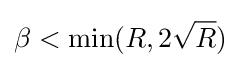
\beta <\min(R,2{\sqrt {R}})